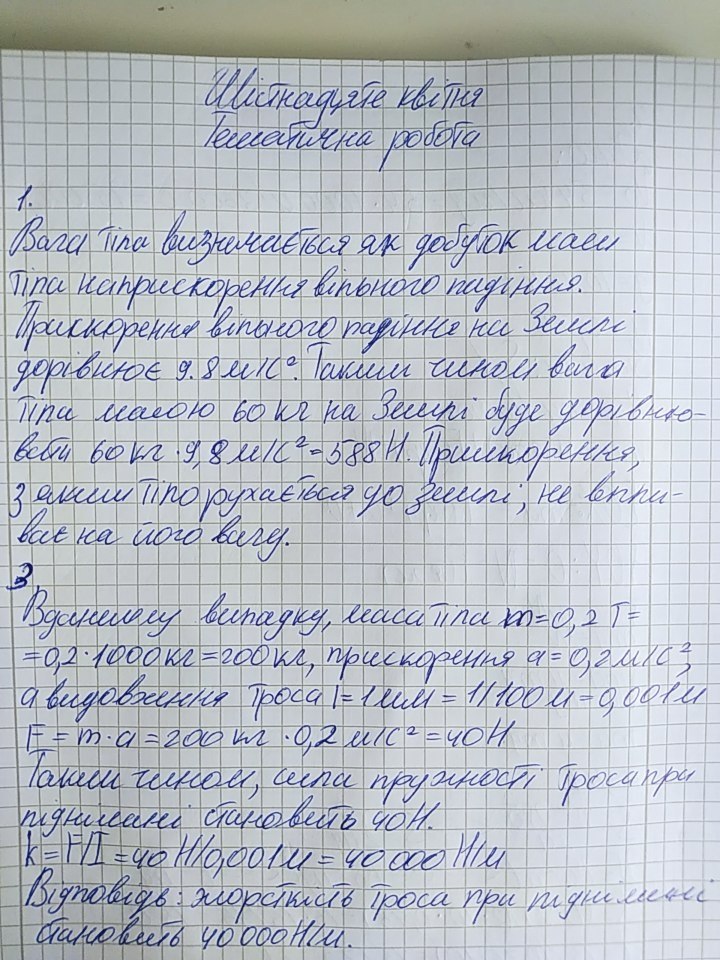
Шістнадцяте квітня
Тематична робота
1.
Вага тіла визначається як добуток маси
Тіла наприскорення вільного падіння.
Прискорення вільного падіння на Землі
дорівнює 9,8 м/с^2. Таким чином вага
При масою 60 кг на Землі буде дорівню-
вати 60 кг * 9,8 м/с^2 =588 Н. Прискорення,
з яким тіло рухається до землі; не впли-
ває на його віку.
В даному випадку, маса тіла m=0,2 Т=
= 0,2 * 1000 кг = 200 кг прискорення a = 0,2 м/с^2,
а видовження троса l=1мм = 1/100 м = 0,001м
F=m*a=200 кг * 0,2 м/с^2=40 Н
Таким чином, сила пружності троса при
підніманні становить 40Н.
k = F/l = 40 H / 0,001 м = 40 000 Н/м
Відповідь: жорсткість троса при підніманні
Становить 4000Н/м